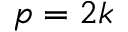
p = 2 k